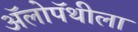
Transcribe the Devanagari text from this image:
अॅलोपॅथीला